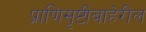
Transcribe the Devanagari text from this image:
प्राणिसृष्टीबाहेरील